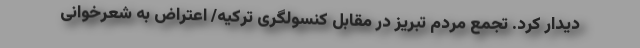
دیدار کرد. تجمع مردم تبریز در مقابل کنسولگری ترکیه/ اعتراض به شعرخوانی